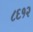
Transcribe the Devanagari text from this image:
८६१२